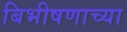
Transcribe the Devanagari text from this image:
बिभीषणाच्या